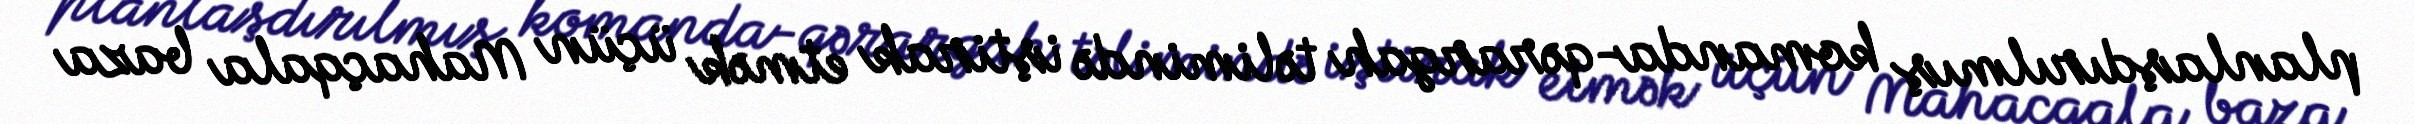
planlaşdırılmış komanda-qərargah təlimində iştirak etmək üçün Mahaçqala baza